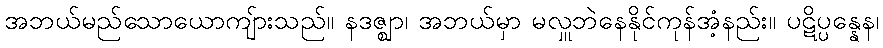
အဘယ်မည်သောယောကျ်ားသည်။ နဒဇ္ဈာ၊ အဘယ်မှာ မလှူဘဲနေနိုင်ကုန်အံ့နည်း။ ပဋိပ္ပန္နေန၊